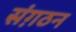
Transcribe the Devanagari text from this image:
संग़ठन